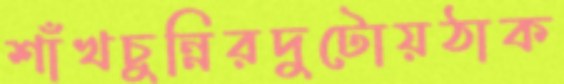
শাঁখচুন্নিরদুটোয়ঠাক